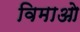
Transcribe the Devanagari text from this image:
विमाओ